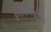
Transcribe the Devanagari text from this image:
पुनर्विनियोजित